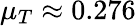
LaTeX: \mu_{T}\approx 0.276